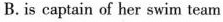
B. is captain of her swim team